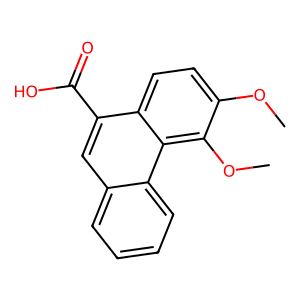
SMILES: COc1ccc2c(C(=O)O)cc3ccccc3c2c1OC
Inhibits HIV replication: No